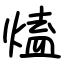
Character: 熆